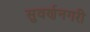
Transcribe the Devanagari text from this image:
सुवर्णनगरी